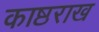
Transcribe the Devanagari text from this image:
काष्ठराख